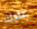
عليك